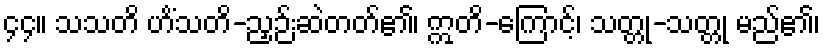
၄၄။ သသတိ ဟိံသတိ-ညှဉ်းဆဲတတ်၏၊ ဣတိ-ကြောင့်၊ သတ္တု-သတ္တု မည်၏၊